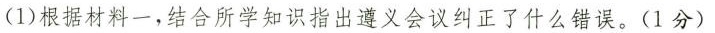
(1)根据材料一，结合所学知识指出遵义会议纠正了什么错误。(1分)